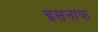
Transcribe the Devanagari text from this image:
इसनाफ